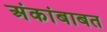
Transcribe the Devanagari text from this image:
अंकांबाबत